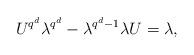
LaTeX: \begin{align*}U^{q^d}\lambda^{q^d}-\lambda^{q^d-1} \lambda U=\lambda,\end{align*}